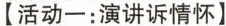
【活动一：演讲诉情怀】